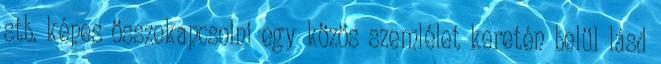
stb. képes összekapcsolni egy közös szemlélet keretén belül lásd